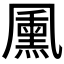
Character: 𭂺